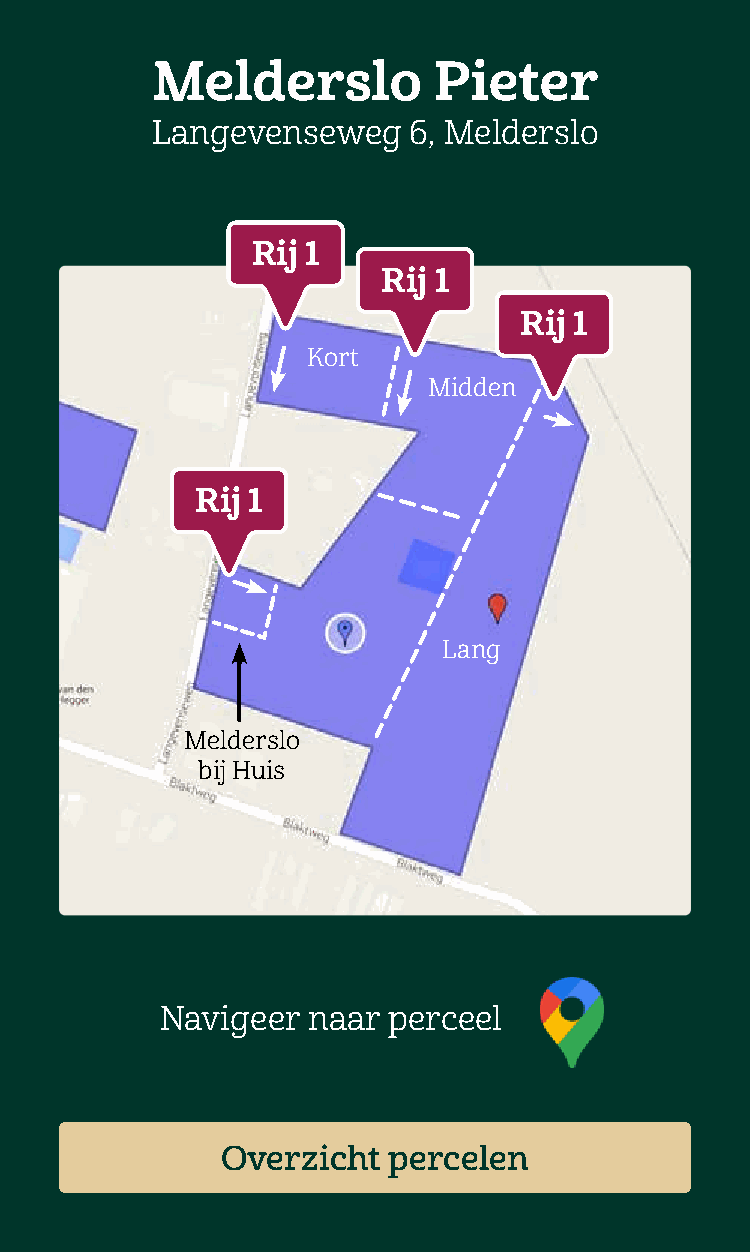
Melderslo          Pieter
 Langevenseweg    6, Melderslo
 Rij 1
 Rij 1
 Rij 1
 Kort
 Midden
 Rij 1
 Lang
 Melderslo
 bij Huis
 Navigeer naar  perceel
 Overzicht  percelen